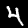
Digit: 4